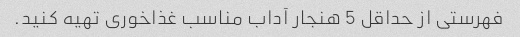
فهرستی از حداقل 5 هنجار آداب مناسب غذاخوری تهیه کنید.